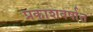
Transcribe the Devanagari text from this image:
प्रकाशवर्षात